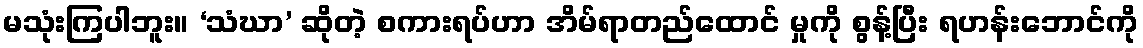
မသုံးကြပါဘူး။ ‘သံဃာ’ ဆိုတဲ့ စကားရပ်ဟာ အိမ်ရာတည်ထောင် မှုကို စွန့်ပြီး ရဟန်းဘောင်ကို